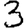
Digit: 3